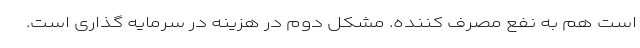
است هم به نفع مصرف کننده. مشکل دوم در هزینه در سرمایه گذاری است.